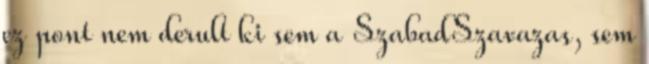
ez pont nem derult ki sem a SzabadSzavazas, sem